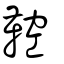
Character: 鞚